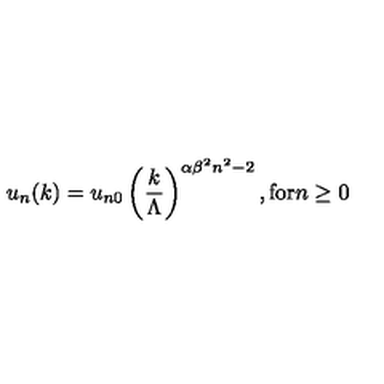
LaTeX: u _ { n } ( k ) = u _ { n 0 } \left( { \frac { k } { \Lambda } } \right) ^ { \alpha \beta ^ { 2 } n ^ { 2 } - 2 } , { \mathrm { f o r } } n \ge 0